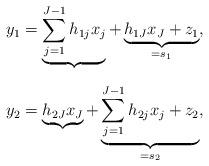
LaTeX: \begin{align*}y_1&=\underbrace{\sum_{j=1}^{J-1} h_{1j}x_j}_{}+\underbrace{h_{1J}x_J+z_1}_{=s_1},\\y_2&=\underbrace{h_{2J}x_J}_{}+\underbrace{\sum_{j=1}^{J-1}h_{2j}x_j+{z_2}}_{=s_2},\end{align*}